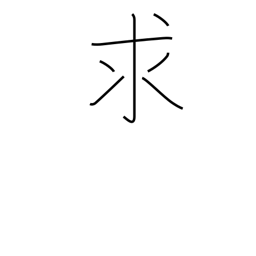
Meaning: want